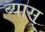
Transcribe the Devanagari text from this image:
ब्यास्